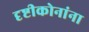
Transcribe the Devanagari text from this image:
दृष्टीकोनांना